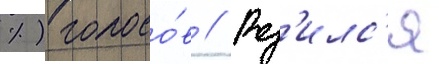
%) голосо́в // Род'илс'я